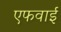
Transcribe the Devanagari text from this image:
एफवाई